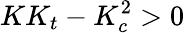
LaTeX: KK_{t}-K_{c}^{2}>0